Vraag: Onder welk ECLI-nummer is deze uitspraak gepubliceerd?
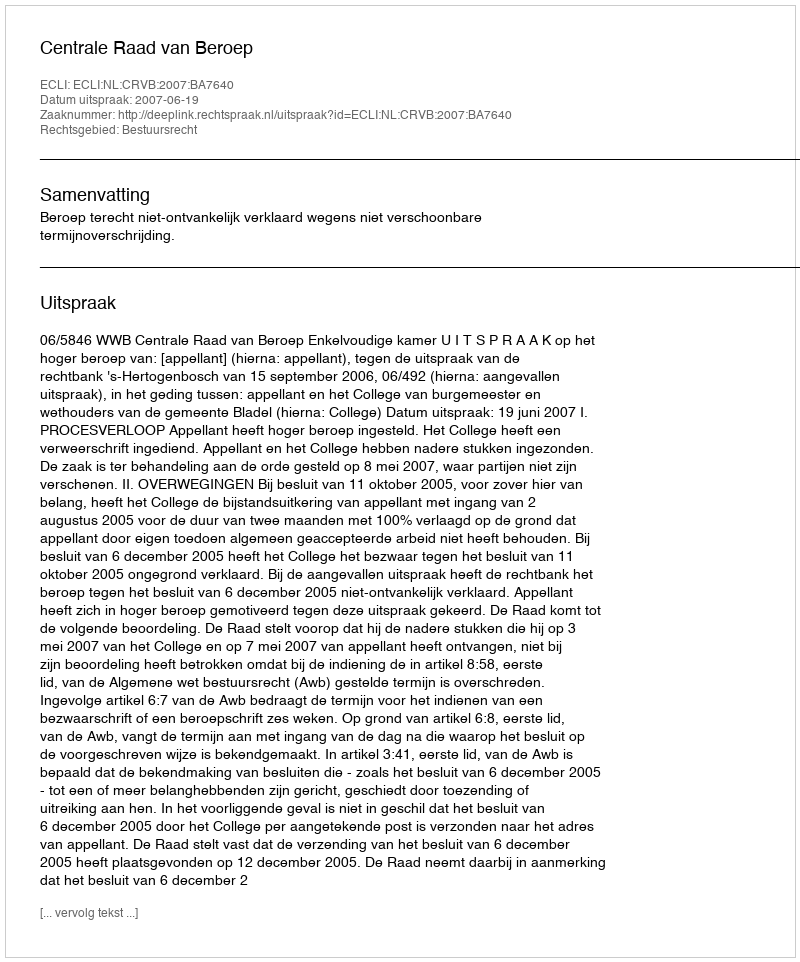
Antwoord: ECLI:NL:CRVB:2007:BA7640